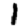
Digit: 1